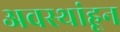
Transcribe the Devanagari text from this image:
अवस्थांहून